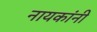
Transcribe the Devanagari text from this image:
नायकांनी